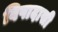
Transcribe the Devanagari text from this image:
विषादासी